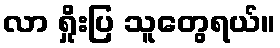
လာ ရှိုးပြ သူတွေရယ်။